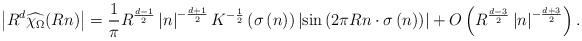
\begin{align*} \left\vert R^{d}\widehat{\chi_{\Omega}}(Rn)\right\vert =\frac{1}{\pi}R^{\frac{d-1}{2}}\left\vert n\right\vert ^{-\frac{d+1}{2}}K^{-\frac{1}{2}}\left( \sigma\left( n\right) \right) \left\vert\sin\left( 2\pi Rn\cdot\sigma\left( n\right) \right) \right\vert +O\left(R^{\frac{d-3}{2}}\left\vert n\right\vert ^{-\frac{d+3}{2}}\right) .\end{align*}